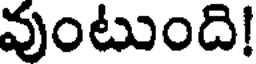
వుంటుంది!